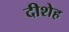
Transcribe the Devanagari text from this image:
दीशेह